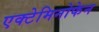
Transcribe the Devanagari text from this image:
एक्टेमिनोफेन